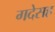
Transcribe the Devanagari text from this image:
गदेसह